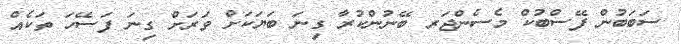
ސަބަބުން ފޭސްބުކް މެސެންޖަރ ބޭނުންކުރާ ގިނަ ބަޔަކަށް ވަރަށް ގިނަ ފަސޭހަ ތަކެއް